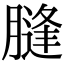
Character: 膖